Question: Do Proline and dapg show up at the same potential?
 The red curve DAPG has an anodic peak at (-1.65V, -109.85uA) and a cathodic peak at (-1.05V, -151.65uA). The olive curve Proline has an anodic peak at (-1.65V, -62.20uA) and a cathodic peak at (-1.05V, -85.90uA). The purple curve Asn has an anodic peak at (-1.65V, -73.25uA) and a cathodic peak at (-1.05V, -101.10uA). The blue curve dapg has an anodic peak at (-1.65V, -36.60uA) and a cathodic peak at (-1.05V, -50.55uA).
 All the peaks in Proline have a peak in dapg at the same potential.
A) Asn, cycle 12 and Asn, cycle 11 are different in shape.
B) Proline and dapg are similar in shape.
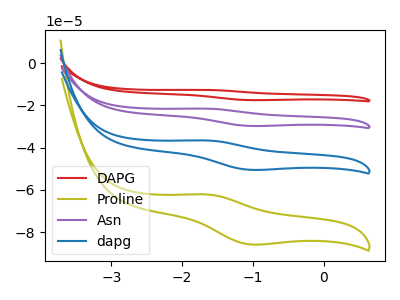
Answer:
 <answer>B) "Proline" and "dapg" are similar in shape.</answer>
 <eval>B</eval>